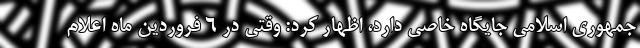
جمهوری اسلامی جایگاه خاصی دارد، اظهار کرد: وقتی در ۶ فروردین ماه اعلام